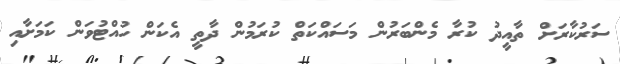
ސަރުކާރަށް ތާއީދު ކުރާ މެންބަރުން މަސައްކަތް ކުރަމުން ދާތީ އެކަން ހުއްޓުވަން ކަމަށާއި